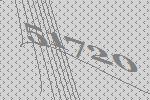
51720